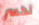
تكسر